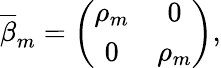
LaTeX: \overline{{{\beta}}}_{m}=\left(\begin{array}{cc}{{\rho_{m}}}&{{0}}\\ {{0}}&{{\rho_{m}}}\end{array}\right),